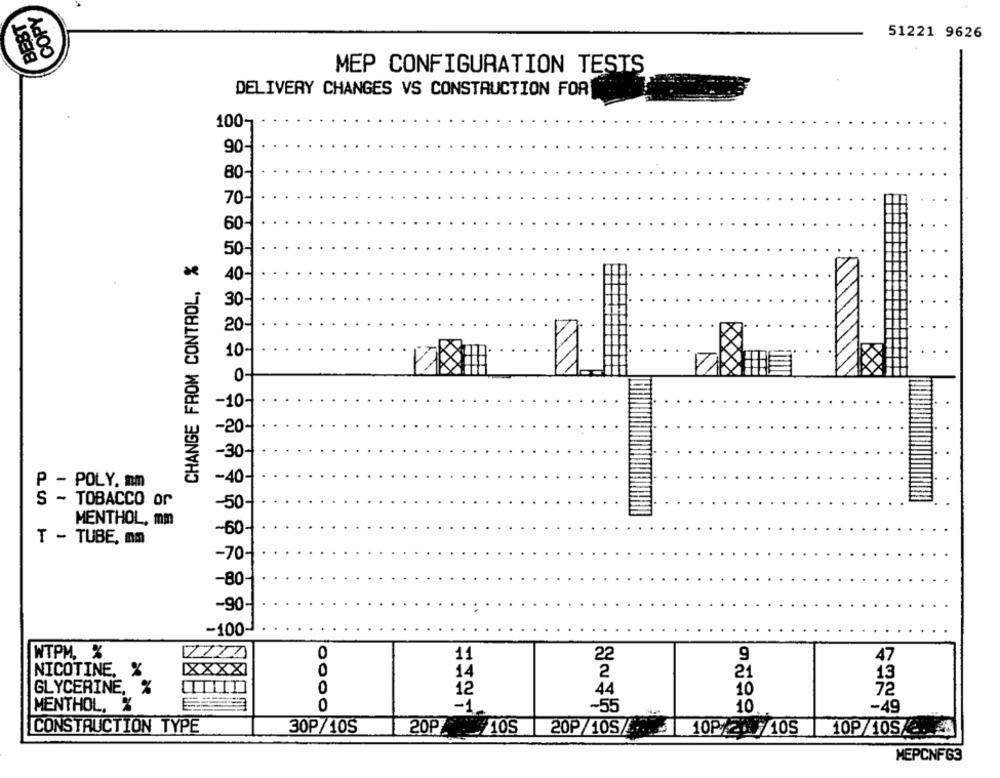
COPY
BEST
51221 9626
MEP CONFIGURATION TESTS
DELIVERY CHANGES VS CONSTRUCTION FOR
100-
90-
80-
70-
60-
CHANGE FROM CONTROL, %
50-
40-
30-
20-
10-
1
0-
-10-
-20-
-30-
-40-
P - POLY. mm
S - TOBACCO or
-50-
MENTHOL, mm
-60+
T - TUBE, mm
-70-
-80-
-90-
-100-
WTPM, %
0
11
22
9
47
NICOTINE, %
0
14
2
21
GLYCERINE, %
0
12
44
10
MENTHOL, %
0
-1.
-55
10
-49
CONSTRUCTION TYPE
30P/105
20P/ 40S 20P/105/10P/105
10P/10S/ -.
MEPCNF63